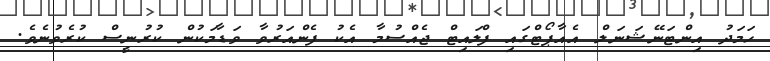
ހަމަދު އިންޓަނޭޝަނަލް އެއާޕޯޓްގައި ފްލައިޓް ޖެއްސުމާ އެކު ފެންއަރުވާ ވަޑާމަކުން ކުރުނީސް ކުރެވުނެވެ.